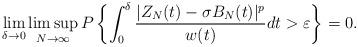
LaTeX: \begin{align*}\lim_{\delta\to 0}\limsup_{N\to\infty}P\left\{\int_{0}^\delta\frac{|Z_N(t)-\sigma B_N(t)|^p}{w(t)}dt >\varepsilon\right\}=0.\end{align*}